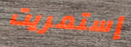
إستمريت